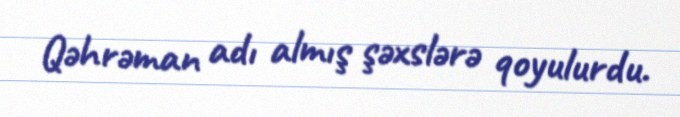
Qəhrəman adı almış şəxslərə qoyulurdu.